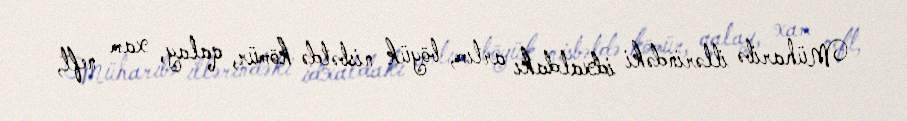
Müharibə illərindəki idxaldakı artım, böyük nisbətdə kömür, qalay, xam neft,